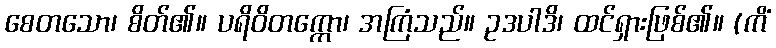
စေတသော၊ စိတ်၏။ ပရိဝိတက္ကော၊ အကြံသည်။ ဥဒပါဒိ၊ ထင်ရှားဖြစ်၏။ (ကိံ